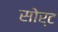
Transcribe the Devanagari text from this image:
सोर्ट